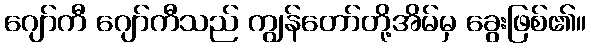
ဂျော်ကီ ဂျော်ကီသည် ကျွန်တော်တို့အိမ်မှ ခွေးဖြစ်၏။